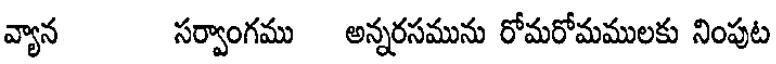
వ్యాన సర్వాంగము అన్నరసమును రోమరోమములకు నింపుట